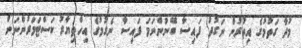
މުދާ ގަތުމުގެ އިތުރުން ނަގުދު ފައިސާ ބޭނުންނަމަ ފައިސާ ނެގުމުގެ އިހްތިޔާރު ކަސްޓަމަރުންނަށް